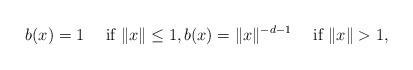
LaTeX: \begin{align*}b(x)=1\quad\mbox{ if $\|x\|\le 1$}, b(x)=\|x\|^{-d-1}\quad\mbox{ if $\|x\|> 1$,}\end{align*}